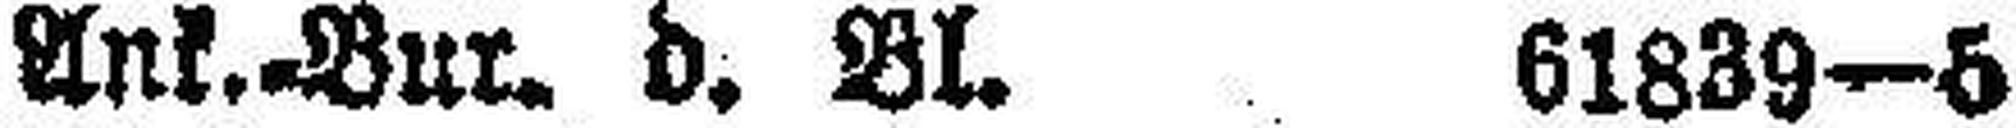
Ank.=Bur. d. Bl. 61839—5